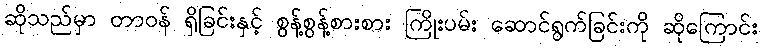
ဆိုသည်မှာ တာဝန် ရှိခြင်းနှင့် စွန့်စွန့်စားစား ကြိုးပမ်း ဆောင်ရွက်ခြင်းကို ဆိုကြောင်း